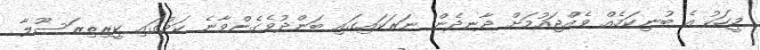
މީހަކު އެ ބުނިކަމެއް ވެއްޖައުމަށް ދާނދެން ނަރަކައިގައި ބަންދުވެގެންވާނެ ކަމުގައި ކީރިތިރަސޫލާ